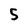
Character: 5